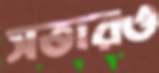
সত্তারও